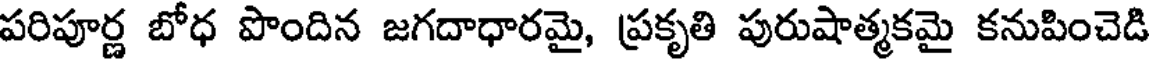
పరిపూర్ణ బోధ పొందిన జగదాధారమై, ప్రకృతి పురుషాత్మకమై కనుపించెడి